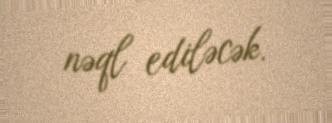
nəql ediləcək.